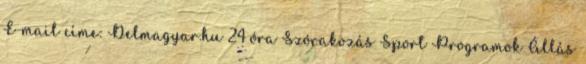
E-mail címe: Delmagyar.hu 24 óra Szórakozás Sport Programok Állás